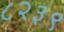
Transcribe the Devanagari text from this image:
८२३९